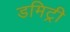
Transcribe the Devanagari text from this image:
डमिट्री